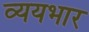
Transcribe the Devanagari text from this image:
व्ययभार